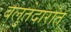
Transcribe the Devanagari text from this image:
बलुतेदारांत